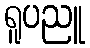
ရူပညူ